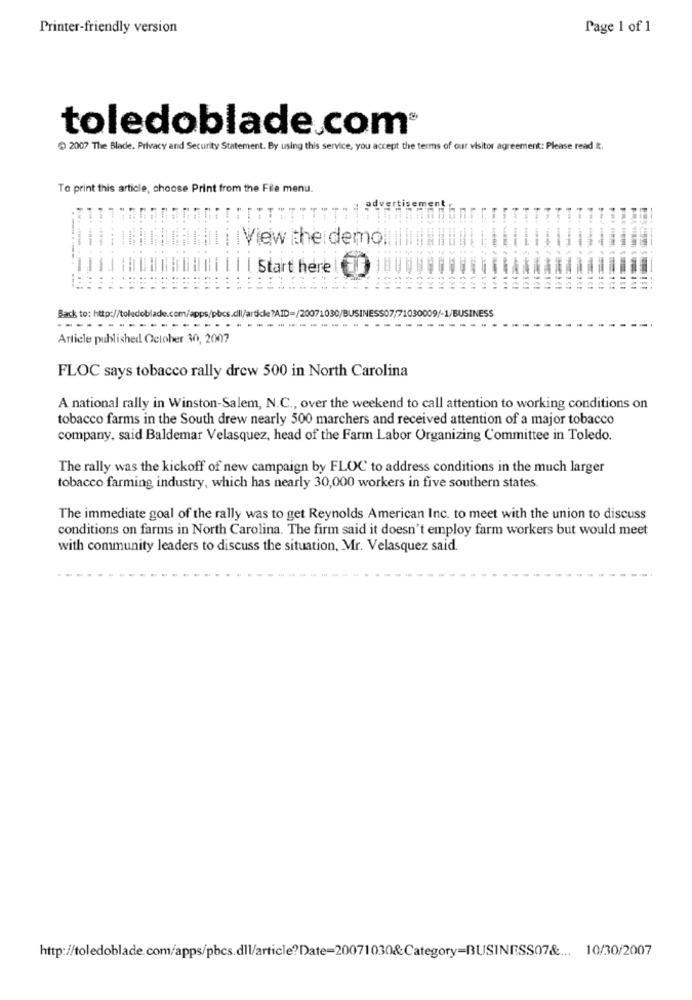
Printer-friendly version
Page 1 of 1
toledoblade.com®
2007 The Blade. Privacy and Security Statement. By using this service, you accept the terms of our visitor agreement: Please read it.
To print this article, choose Print from the File menu.
adver
I View the demo
----
Start here!
Back to: http://toledoblade.com/apps/pbcs
------.
Article published October 30, 2007
FLOC says tobacco rally drew 500 in North Carolina
A national rally in Winston-Salem, N.C ., over the weekend to call attention to working conditions on
tobacco farms in the South drew nearly 500 marchers and received attention of a major tobacco
company, said Baldemar Velasquez, head of the Farm Labor Organizing Committee in Toledo.
The rally was the kickoff of new campaign by FLOC to address conditions in the much larger
tobacco farming industry, which has nearly 30,000 workers in five southern states.
The immediate goal of the rally was to get Reynolds American Inc. to meet with the union to discuss
conditions on farms in North Carolina. The firm said it doesn't employ farm workers but would meet
with community leaders to discuss the situation, Mr. Velasquez said.
http://toledoblade.com/apps/pbcs.dll/article?Date=20071030&Category=BUSINESS07& ... 10/30/2007